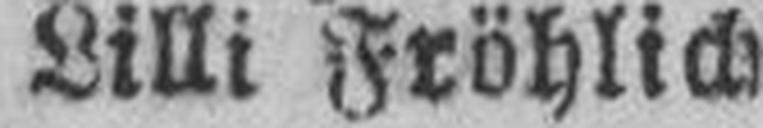
Lilli Fröhlich